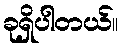
ခုရှိပါတယ်။